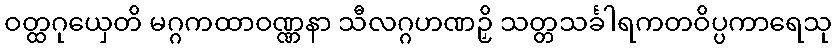
ဝတ္ထဂုယှေတိ မဂ္ဂကထာဝဏ္ဏနာ သီလဂ္ဂဟဏဉှိ သတ္တသင်္ခါရကတဝိပ္ပကာရေသု